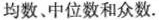
均数、中位数和众数.